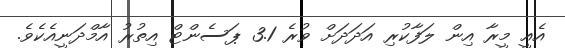
އެއީ މީރާ އިން ލަފާކުރި އަދަދަށް ވުރެ 3.1 ޕަސެންޓް އިތުރު އާމްދަނީއެކެވެ.